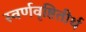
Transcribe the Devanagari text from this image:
स्वर्णवृष्टितीर्थ